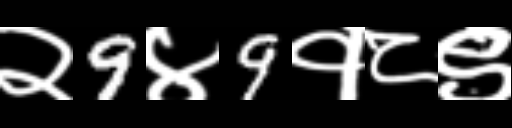
Text: २9४9१८९